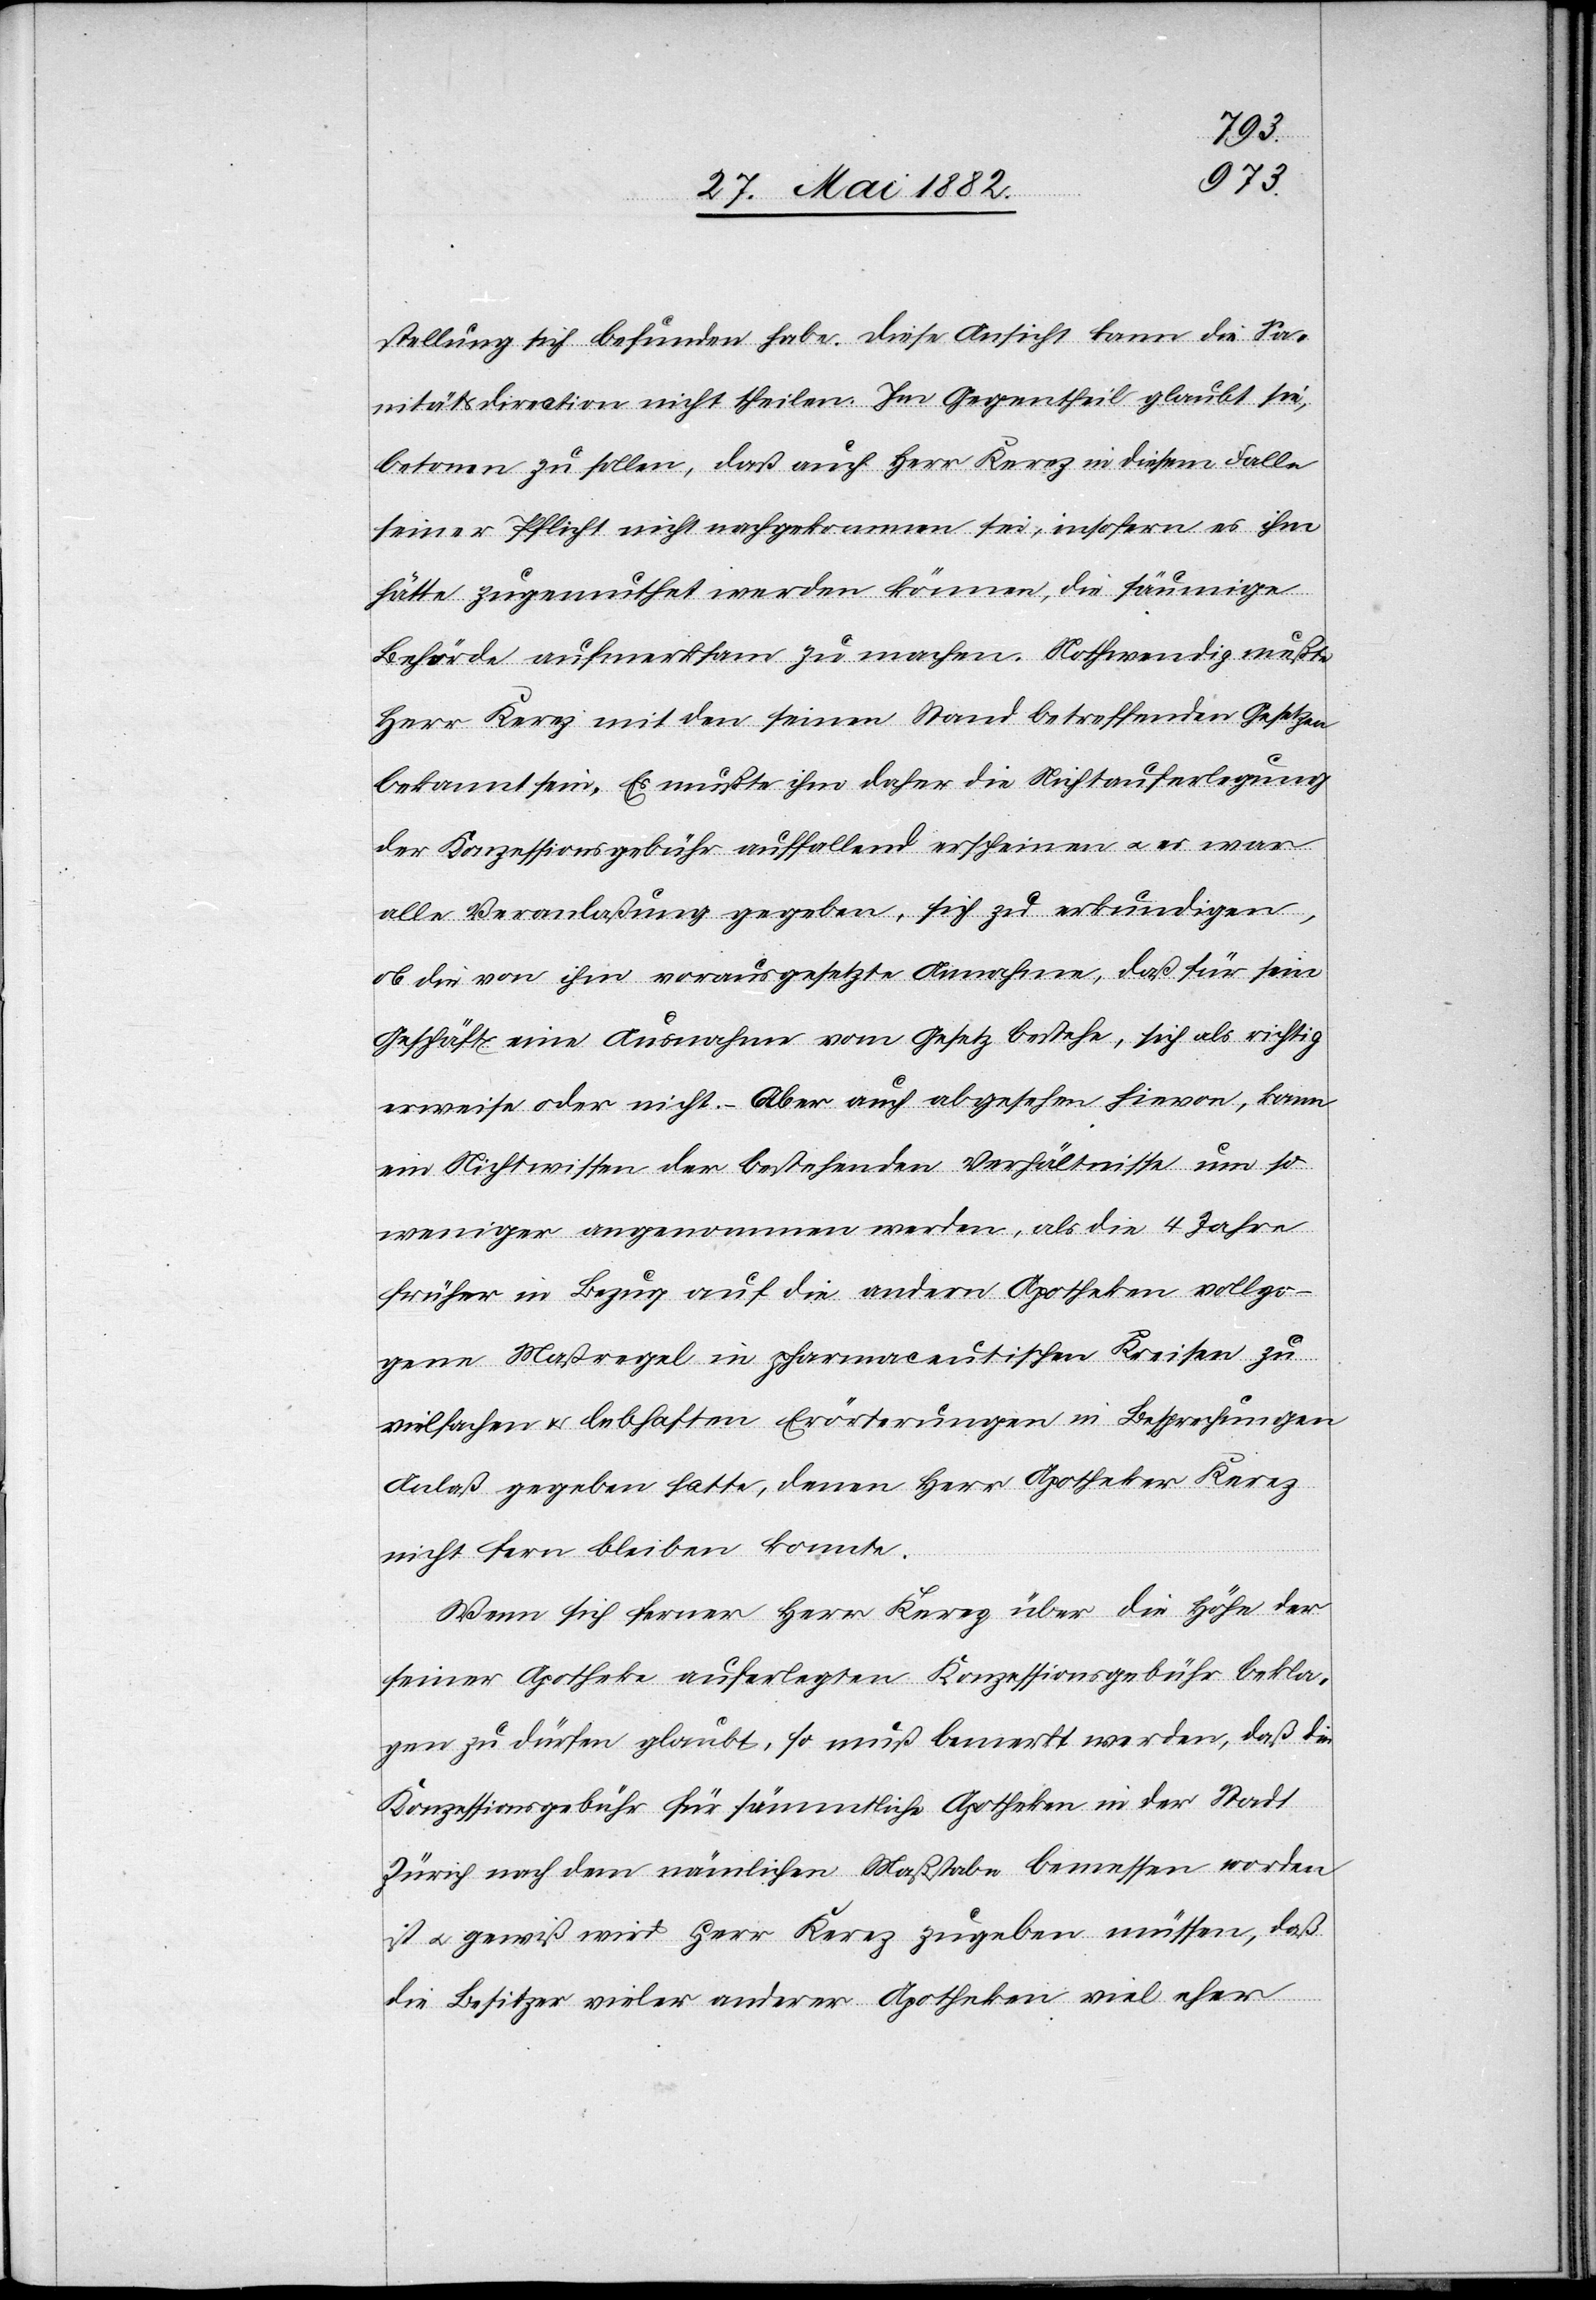
stellung sich befunden habe. Diese Ansicht kann die Sa¬
nitätsdirection nicht theilen. Im Gegentheil glaubt sie,
betonen zu sollen, daß auch Herr Kerez in diesem Falle
seiner Pflicht nicht nachgekommen sei, insofern es ihm
hätte zugemuthet werden können, die säumige
Behörde aufmerksam zu machen. Nothwendig mußte
Herr Kerez mit den seinen Stand betreffenden Gesetzen
bekannt sein. Es mußte ihm daher die Nichtauferlegung
der Konzessionsgebühr auffallend erscheinen u. es war
alle Veranlaßung gegeben, sich zu erkundigen,
ob die von ihm vorausgesetzte Annahme, daß für sein
Geschäft eine Ausnahme vom Gesetz bestehe, sich als richtig
erweise oder nicht. – Aber auch abgesehen hievon, kann
ein Nichtwissen der bestehenden Verhältnisse um so
weniger angenommen werden, als die 4 Jahre
früher in Bezug auf die andern Apotheken vollzo¬
gene Maßregel in pharmaceutischen Kreisen zu
vielfachen & lebhaften Erörterungen in Besprechungen
Anlaß gegeben hatte, denen Herr Apotheker Kerez
nicht fern bleiben konnte.
Wenn sich ferner Herr Kerez über die Höhe der
seiner Apotheke auferlegten Konzessionsgebühr bekla¬
gen zu dürfen glaubt, so muß bemerkt werden, daß die
Konzessionsgebühr für sämmtliche Apotheken in der Stadt
Zürich nach dem nämlichen Maßstabe bemessen worden
ist u. gewiß wird Herr Kerez zugeben müssen, daß
die Besitzer vieler anderer Apotheken viel eher